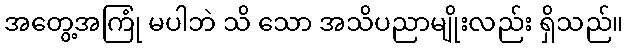
အတွေ့အကြုံ မပါဘဲ သိ သော အသိပညာမျိုးလည်း ရှိသည်။